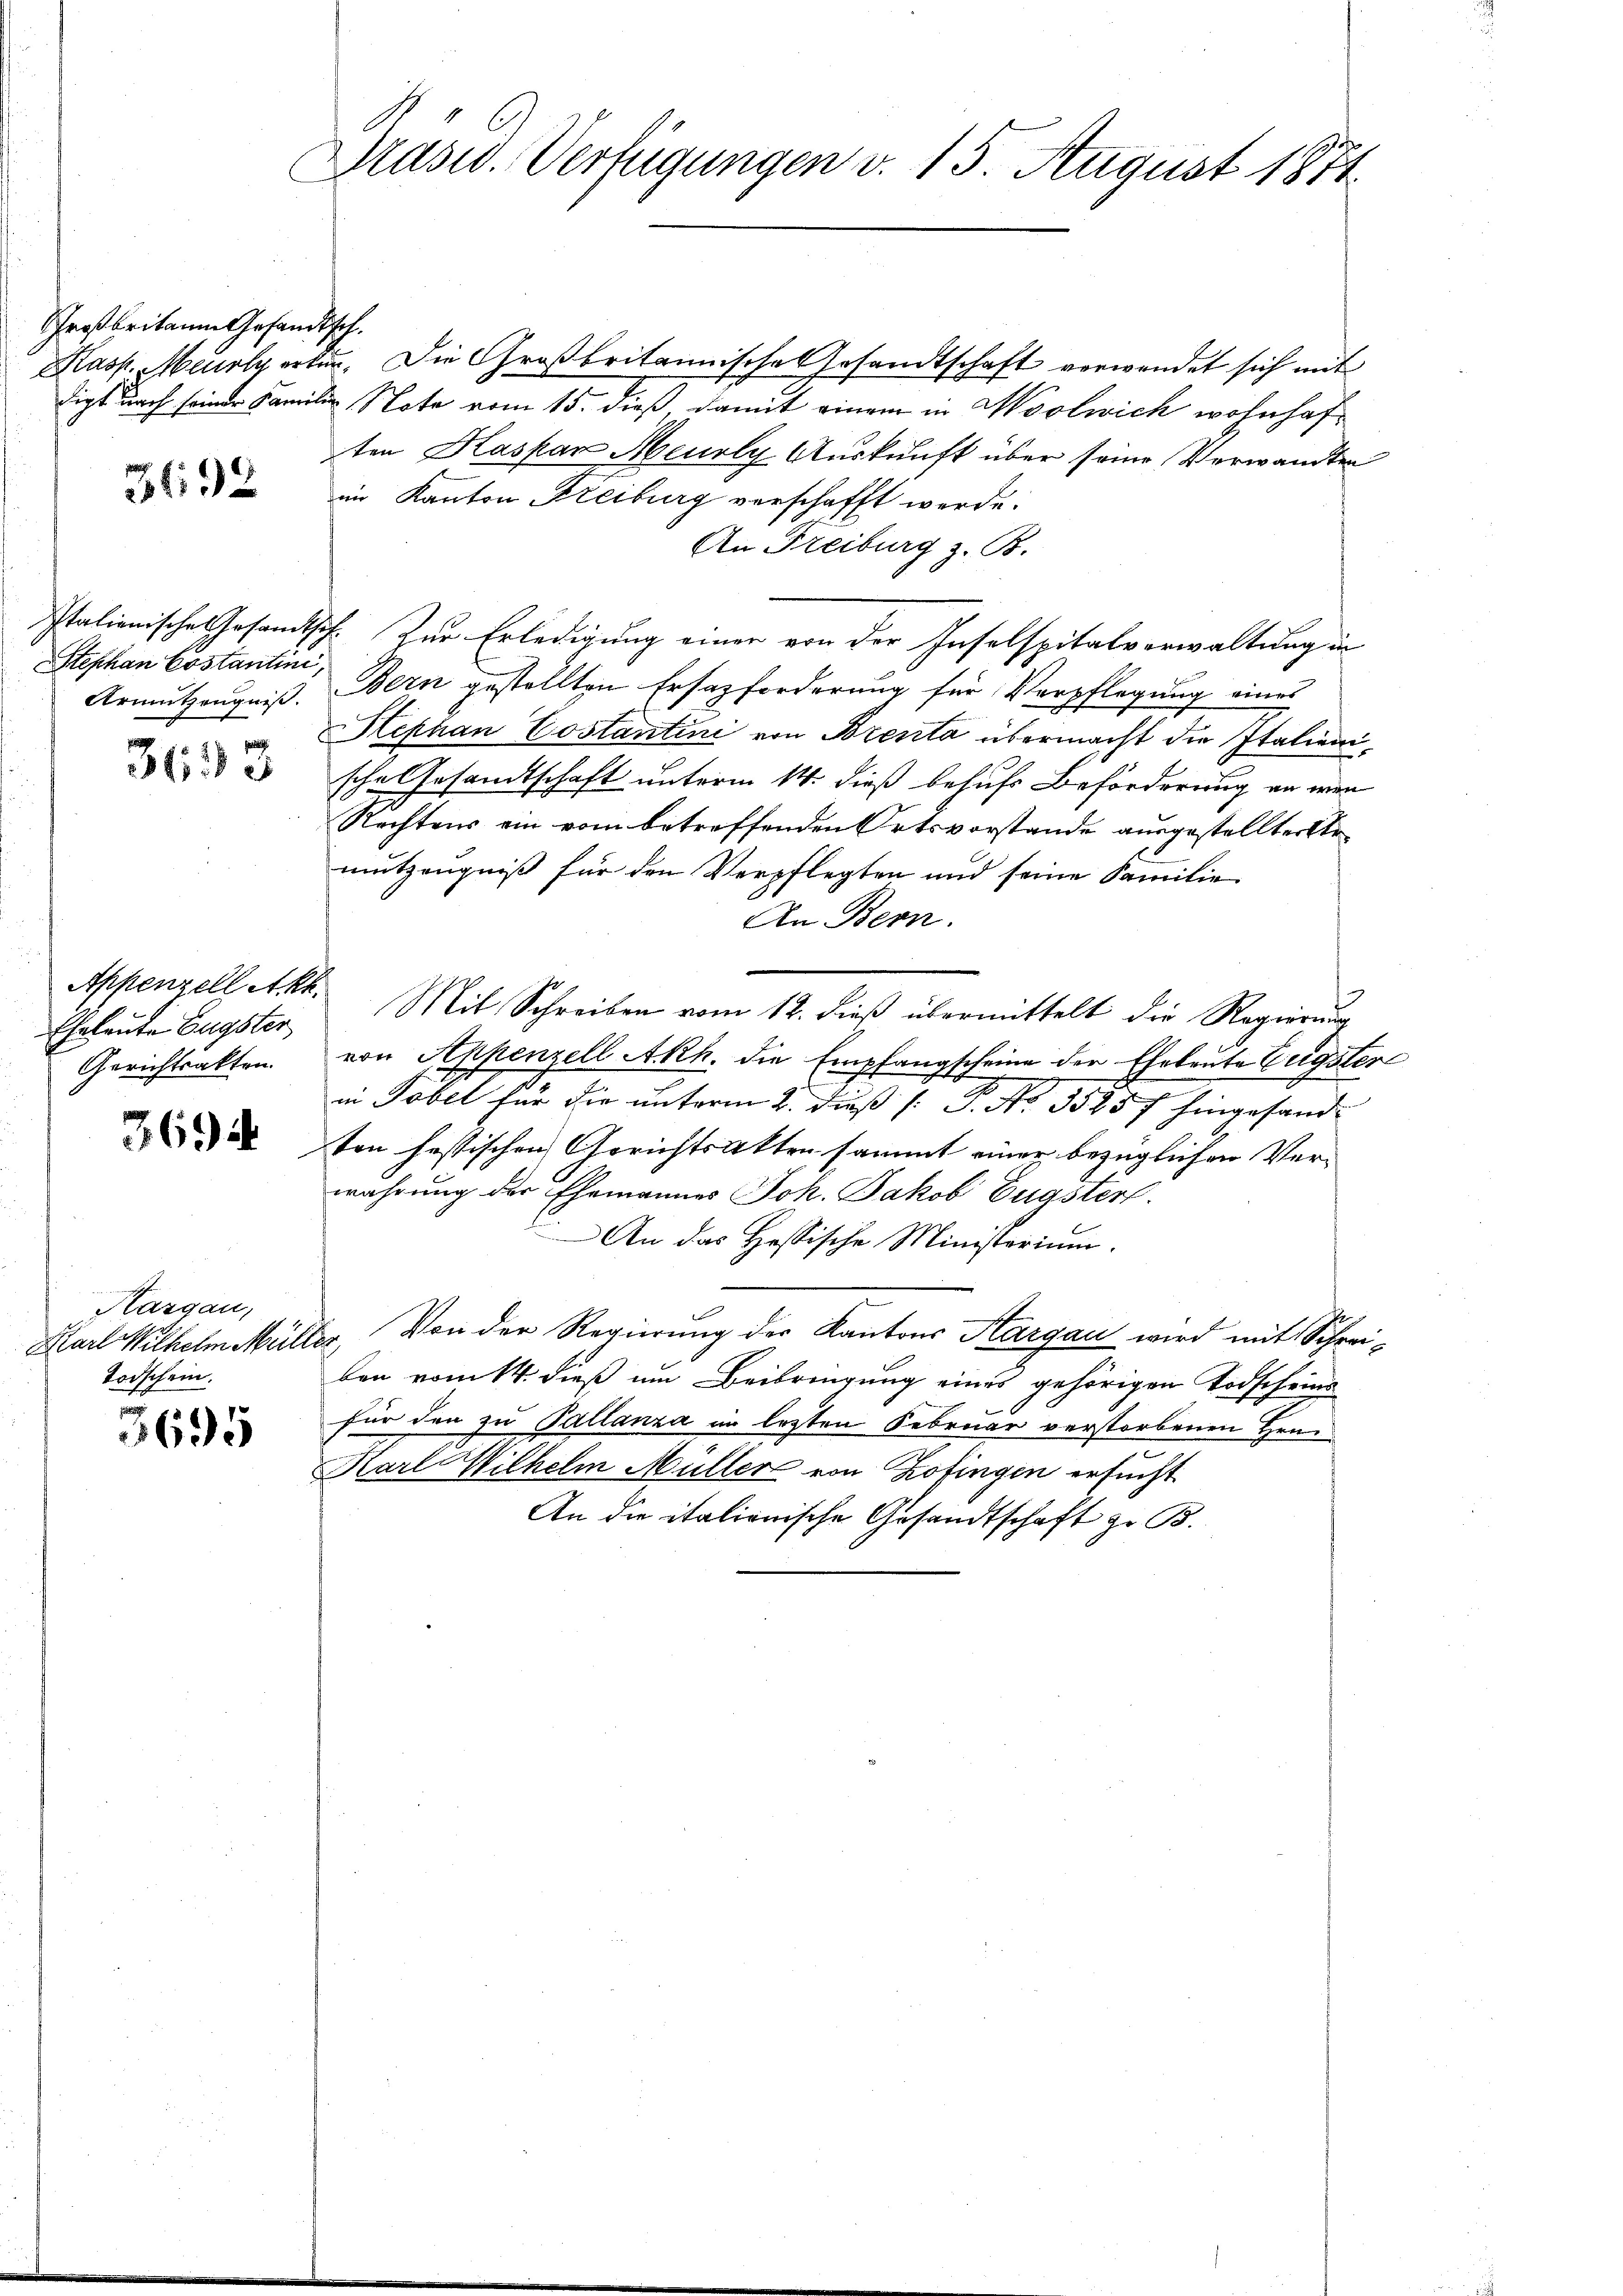
Großbritain Gesandtsch.

392

Stephan Costantini,
Armntzeugniß.

3633

Eheleute Engster
Gerichtsakten.

369

Hasgau,
Karl Wilhelm Müli
Todschein.

3695

Prasw. Verfügungen v. 15. August 1871.

Hasp. Miilpertur. Die Großbritannische Ersandtschaft verwendet sich mit
digt nach seiner Familie Note vom 15. dieß damit einem in Woolwich wohnhaften Kaspar Menoly Auskunft über seine Verwandten
im Kanton Freiburg verschafft werde.
An Freiburg z. B.
Italionische Gesamtsch. Zur Erledigung einer von der Inselspitalverwaltung in
Bern gestellten Ersatzforderung für Verpflegung eines
Hephan Costantini von Brenta übermacht die Italienische Gesandtschaft unterm 14. dieß behufs Beförderung an wen
Rechtens ein vom betreffenden Ortsvorstande ausgestellter Armutzeugniß für den Verpflegten und seine Familie
An Bern.
Appenzellett. Mit Schreiben vom 12. dieβ übermittelt die Regierŭng
von Appenzell A.Rh. die Empfangscheine der Eheleute Engster
in Tobel für die unterm 2. Dieß (: P. No. 3525f hingesandten festischen Gerichtsakten sammt einer bezüglichen Ver-
währung der Ehemannes Joh. Jakob Eugsterl
An das Hessische Ministerium.
de. Von der Regierung der Kantons Aargau wird mit Schreiben vom 14. dieß um Beibringung eines gehörigen Todscheine
für den zu Pallanza im lezten Februar verstorbenen Hrn.
Karl Wilhelm Müller von Zofingen ersucht
An die italionische Gesandtschaft z. B.